65_HS1-834228961_62-HQ-83894_Section_6
Agency: FBI
Page 186
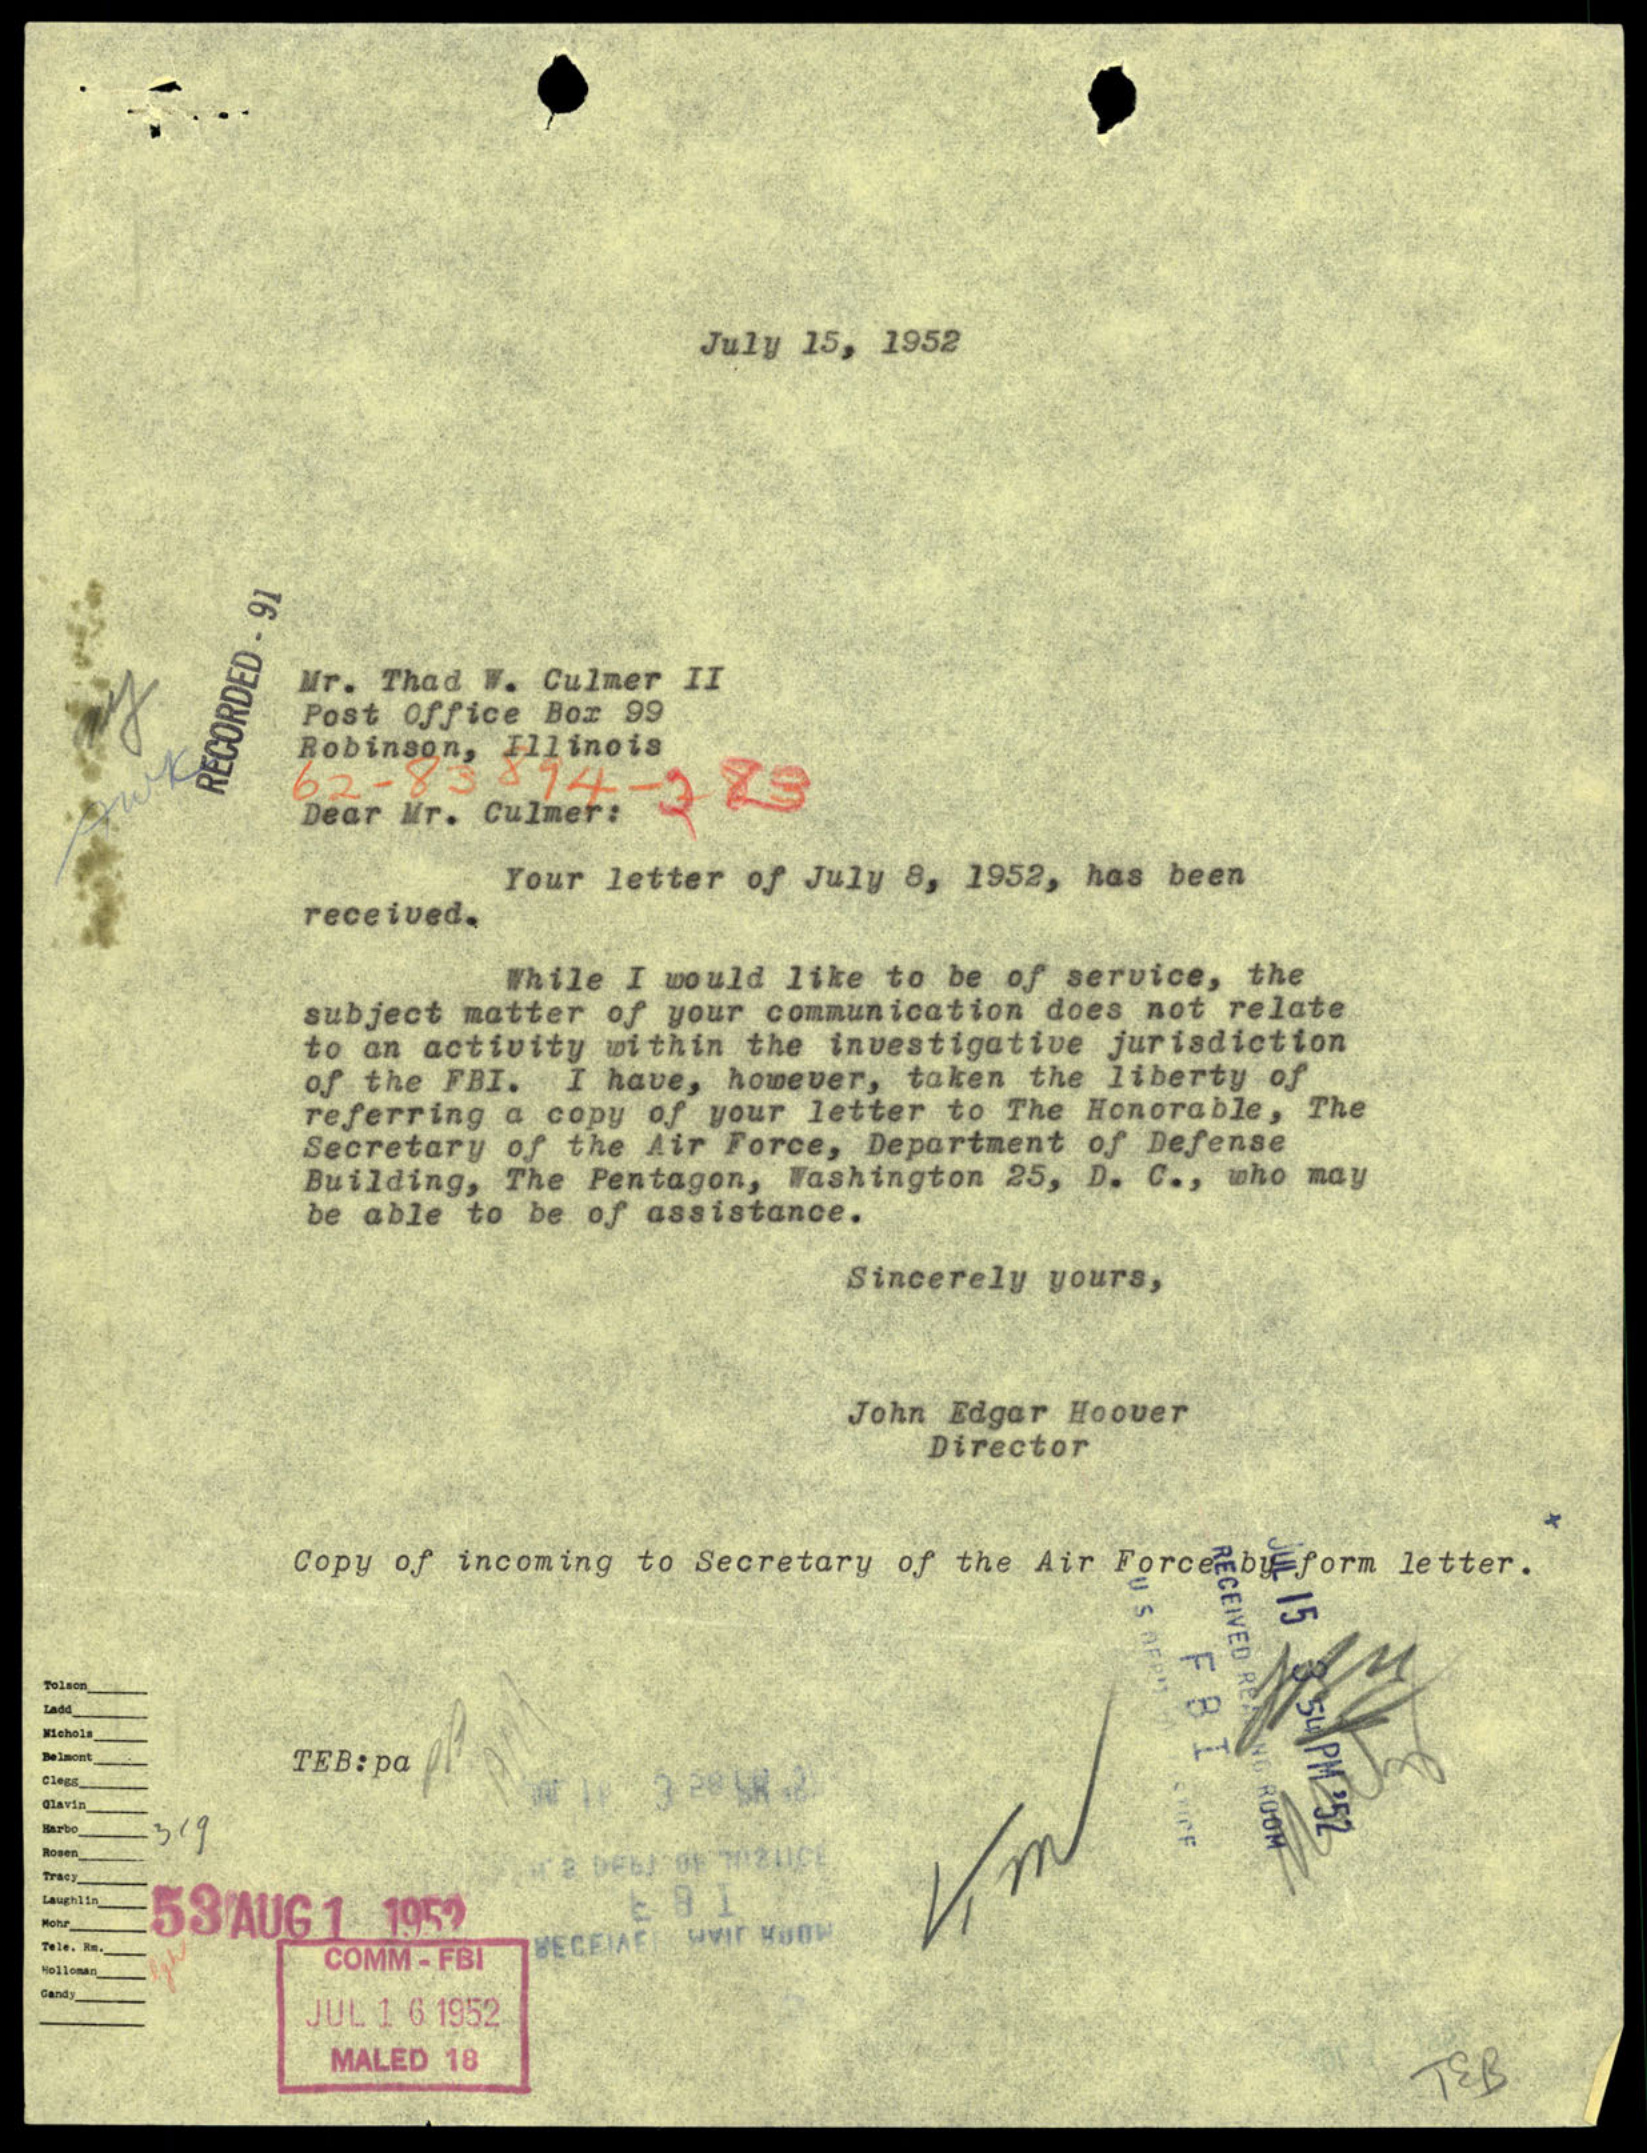